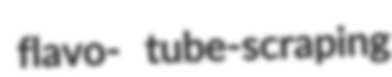
flavo- tube-scraping